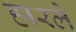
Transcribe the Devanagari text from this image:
हारले